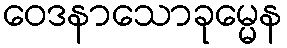
ဝေဒနာသောခုမ္မေန